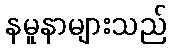
နမူနာများသည်